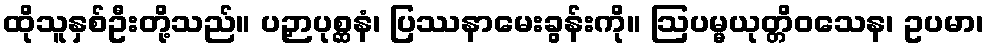
ထိုသူနှစ်ဦးတို့သည်။ ပဉှာပုစ္ဆနံ၊ ပြဿနာမေးခွန်းကို။ ဩပမ္မယုတ္တိဝသေန၊ ဥပမာ၊